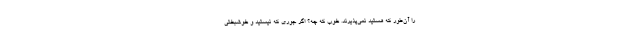
را آن‌طور که هستید نمی‌پذیرند. خوب که چه؟ اگر جوری که نیستید و خوشبختی